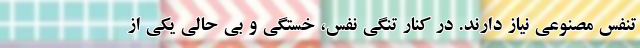
تنفس مصنوعی نیاز دارند. در کنار تنگی نفس، خستگی و بی حالی یکی از